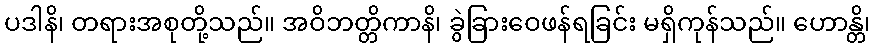
ပဒါနိ၊ တရားအစုတို့သည်။ အဝိဘတ္တိကာနိ၊ ခွဲခြားဝေဖန်ရခြင်း မရှိကုန်သည်။ ဟောန္တိ၊